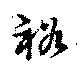
裕